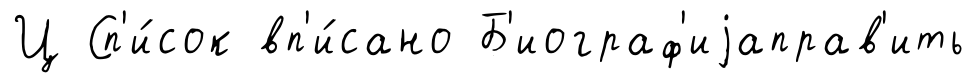
Ц Сп'и́сок вп'и́сано Б'иограф'иjаправ'ить